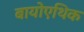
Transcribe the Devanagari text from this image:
बायोएथिक